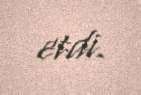
etdi.